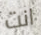
انت